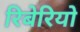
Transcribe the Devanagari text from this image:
रिबेरियो